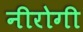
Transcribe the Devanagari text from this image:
नीरोगी